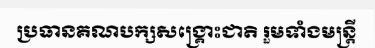
ប្រធានគណបក្សសង្គ្រោះជាតិ រួមទាំងមន្ត្រី